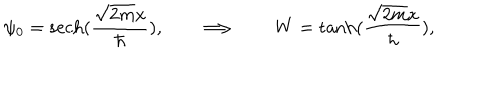
LaTeX: \psi _ { 0 } = \mathrm { s e c h } ( { \frac { \sqrt { 2 m } x } { \hbar } } ) , \qquad \Longrightarrow \qquad W = \tanh ( { \frac { \sqrt { 2 m } x } { \hbar } } ) ,